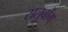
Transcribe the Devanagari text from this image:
सलुबोंग